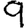
Digit: 9